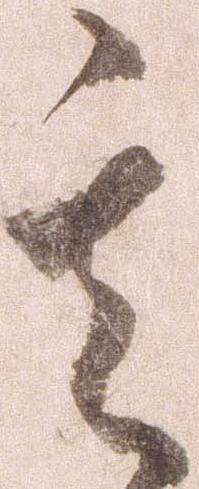
其